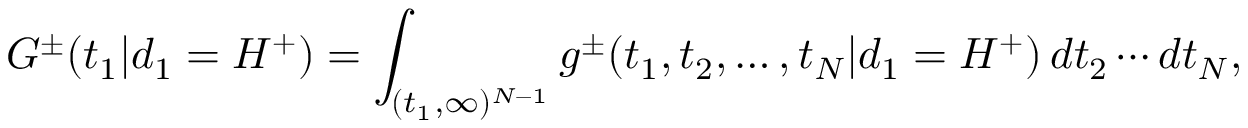
G ^ { \pm } ( t _ { 1 } | d _ { 1 } = H ^ { + } ) = \int _ { ( t _ { 1 } , \infty ) ^ { N - 1 } } g ^ { \pm } ( t _ { 1 } , t _ { 2 } , \ldots , t _ { N } | d _ { 1 } = H ^ { + } ) \, d t _ { 2 } \cdots d t _ { N } ,